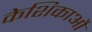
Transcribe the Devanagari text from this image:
केशिकाऔ